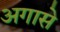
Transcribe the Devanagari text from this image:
अगासे